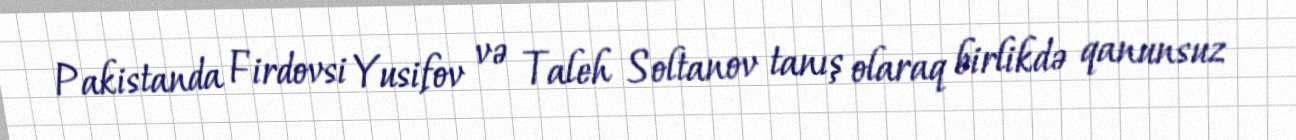
Pakistanda Firdovsi Yusifov və Taleh Soltanov tanış olaraq birlikdə qanunsuz